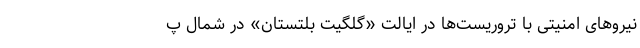
نیروهای امنیتی با تروریست‌ها در ایالت «گِلگیت بَلتستان» در شمال پ